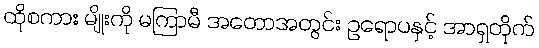
ထိုစကား မျိုးကို မကြာမီ အတောအတွင်း ဥရောပနှင့် အာရှတိုက်